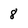
Character: 8